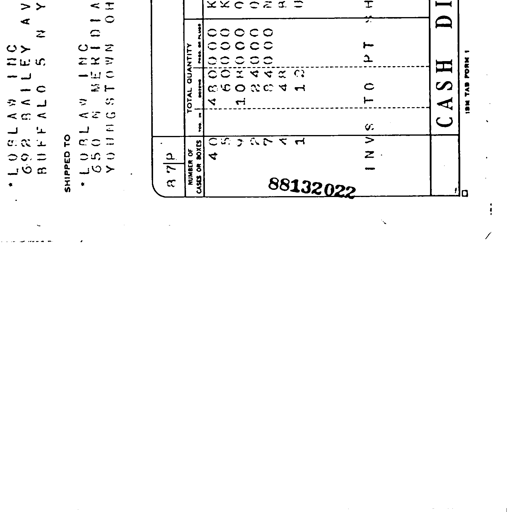
•LOBLAW INC
692 BAILEY AV
BUFFALO 5 NY
SHIPPED TO
•LOBLAW INC
650 N MERIDIA
YOUNGSTOWN OH
8 7 P
NUMBER OF
CASES OR BOXES
40
5
9
2
7
4
1
TOTAL QUANTITY
480000
60000
108000
24000
84000
48
12
88132022
INVS TO PT
CASH DI
IBM TAB FORM 1